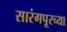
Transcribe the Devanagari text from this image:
सारंगपूरच्या